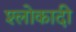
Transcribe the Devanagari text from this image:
श्लोकादी